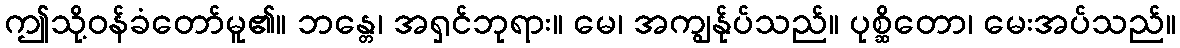
ဤသို့ဝန်ခံတော်မူ၏။ ဘန္တေ၊ အရှင်ဘုရား။ မေ၊ အကျွန်ုပ်သည်။ ပုစ္ဆိတော၊ မေးအပ်သည်။